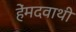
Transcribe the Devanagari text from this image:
हेंमदवाथी